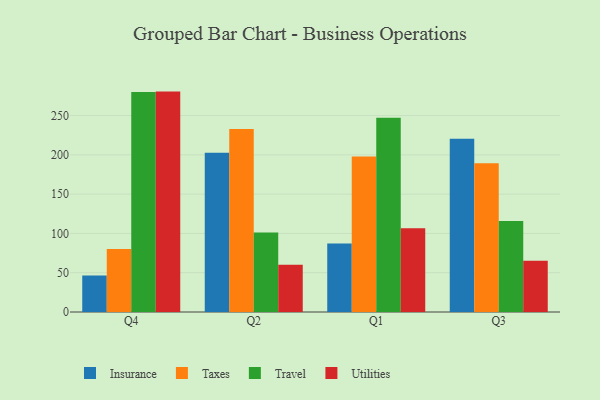
{"axis": {"x": "Quarter", "y": "Churn Rate (%)"}, "legend": ["Insurance", "Taxes", "Travel", "Utilities"], "data": [{"x": "Q4", "y": 46.5, "type": "Insurance"}, {"x": "Q4", "y": 80.1, "type": "Taxes"}, {"x": "Q4", "y": 279.9, "type": "Travel"}, {"x": "Q4", "y": 280.5, "type": "Utilities"}, {"x": "Q2", "y": 202.6, "type": "Insurance"}, {"x": "Q2", "y": 232.8, "type": "Taxes"}, {"x": "Q2", "y": 101.3, "type": "Travel"}, {"x": "Q2", "y": 60.1, "type": "Utilities"}, {"x": "Q1", "y": 87.2, "type": "Insurance"}, {"x": "Q1", "y": 198.0, "type": "Taxes"}, {"x": "Q1", "y": 247.3, "type": "Travel"}, {"x": "Q1", "y": 106.5, "type": "Utilities"}, {"x": "Q3", "y": 220.5, "type": "Insurance"}, {"x": "Q3", "y": 189.4, "type": "Taxes"}, {"x": "Q3", "y": 115.7, "type": "Travel"}, {"x": "Q3", "y": 65.2, "type": "Utilities"}]}